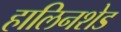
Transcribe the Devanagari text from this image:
हालिनशेड